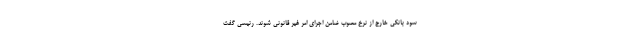
سود بانکی خارج از نرخ مصوب ضامن اجرای امر غیر قانونی شوند. رئیسی گفت